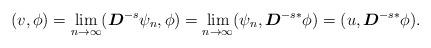
LaTeX: \begin{align*}(v,\phi)=\lim_{n\rightarrow \infty}(\boldsymbol{D}^{-s}\psi_n,\phi)=\lim_{n\rightarrow \infty}(\psi_n,\boldsymbol{D}^{-s*}\phi)=( u,\boldsymbol{D}^{-s*}\phi).\end{align*}